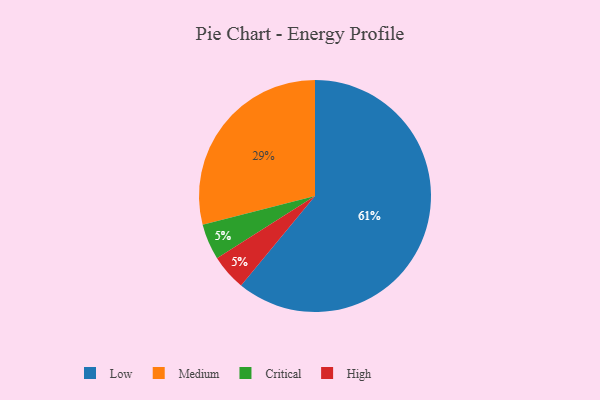
{"axis": {"x": "Category", "y": "Percentage"}, "legend": ["Critical", "High", "Low", "Medium"], "data": [{"x": "Critical", "y": 5, "type": "Critical"}, {"x": "High", "y": 5, "type": "High"}, {"x": "Medium", "y": 29, "type": "Medium"}, {"x": "Low", "y": 61, "type": "Low"}]}